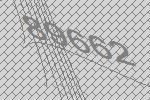
89662